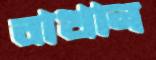
বাখান